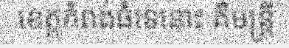
ខេត្តកំពង់ធំទេនោះ គឺមន្ត្រី